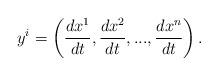
LaTeX: \begin{align*}y^{i}=\left( \frac{dx^{1}}{dt},\frac{dx^{2}}{dt},...,\frac{dx^{n}}{dt}\right) .\end{align*}